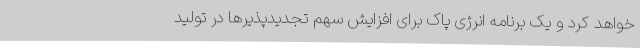
خواهد کرد و یک برنامه انرژی پاک برای افزایش سهم تجدیدپذیرها در تولید